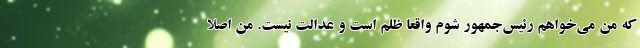
که من می‌خواهم رئیس‌جمهور شوم واقعاً ظلم است و عدالت نیست. من اصلا